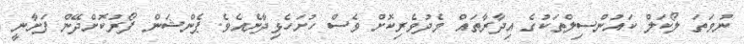
ނުވަތަ ލޯކަލް ކައުންސިލްތަކުގެ އިދާރާތައް މެދުވެރިކޮށް ވެސް ހުށަހެޅިދާނެއެވެ. ޕެންޝަން ފޯރުކޮށްދޭން ފަށާނީ